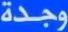
وجدة